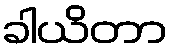
ခါယိတာ